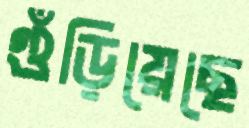
গুঁড়িয়েছে